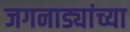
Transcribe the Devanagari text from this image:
जगनाड्यांच्या